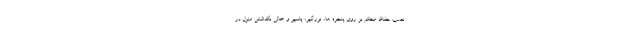
نصب حفاظ محکم بر روی پنجره ها، نورگیر، پاسیو و خالی نگذاشتن منزل در